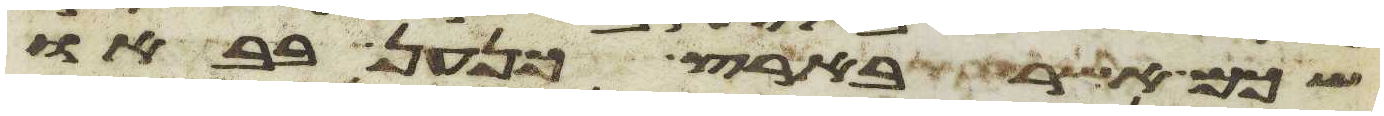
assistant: שכם אשר בארץ כנען בבאו